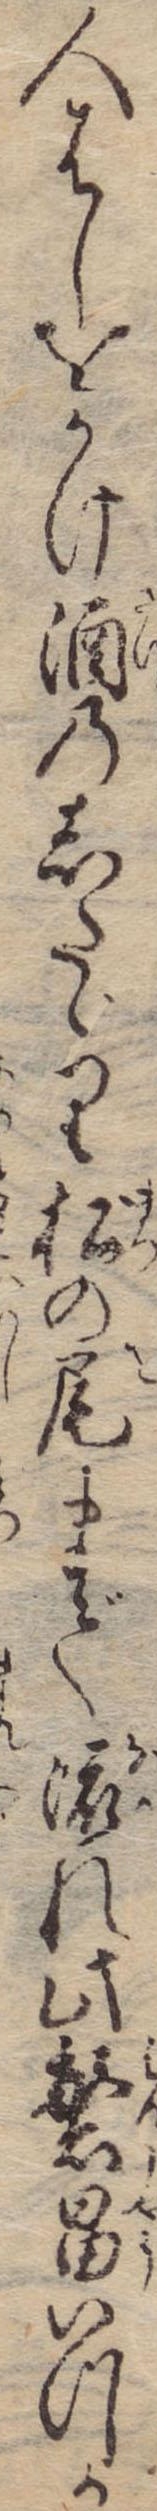
人はしをかけ酒のしたゞり松の尾まで流れ此繁昌いつか